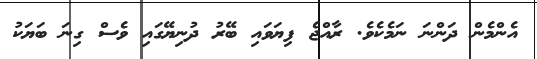
އެންމެން ދަންނަ ނަމެކެވެ. ރާއްޖެ ފިޔަވައި ބޭރު ދުނިޔޭގައި ވެސް ގިނަ ބަޔަކު